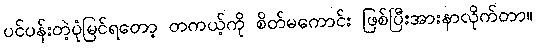
ပင်ပန်းတဲ့ပုံမြင်ရတော့ တကယ့်ကို စိတ်မကောင်း ဖြစ်ပြီးအားနာလိုက်တာ။